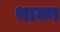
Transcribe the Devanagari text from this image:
थाका